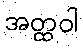
အတ္ထဝါ